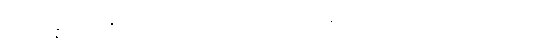
ပစ္စယုပ္ပန္နဓမ္မော ဇဂ္ဂါမိ ဟရီတကာ အသင်္ကရတော နိယျာနိကဒုကံ ဝိဝါဒဝတ္ထုသင်္ခါတေ